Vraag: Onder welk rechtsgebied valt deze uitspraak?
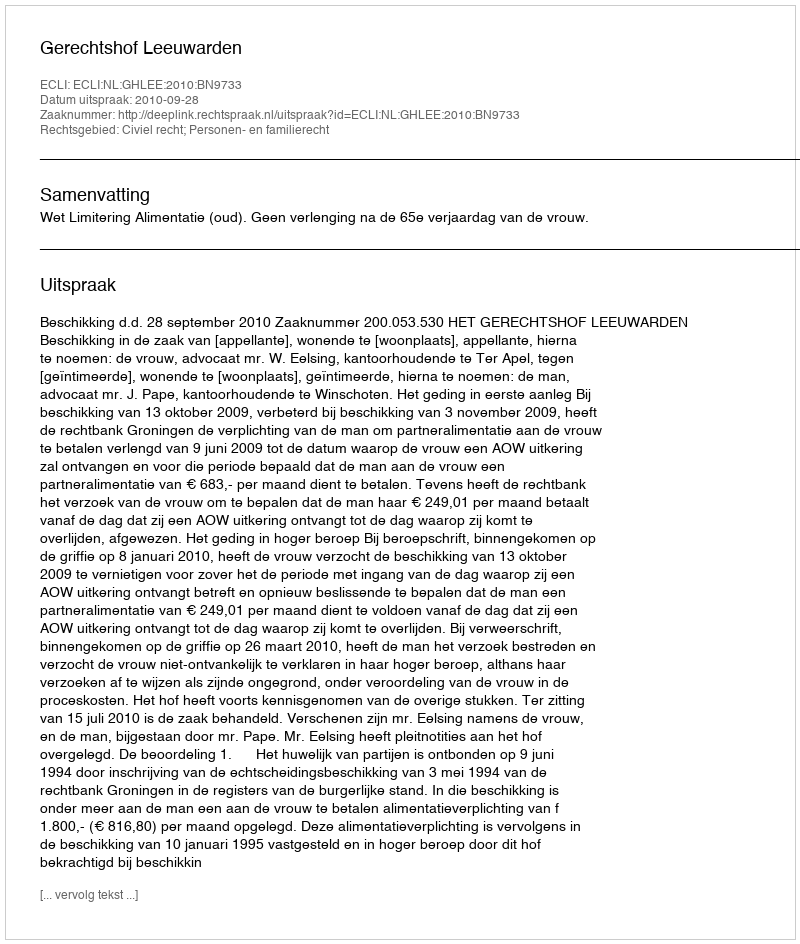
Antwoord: Civiel recht; Personen- en familierecht